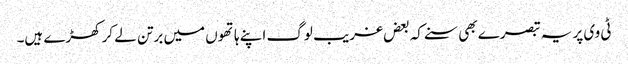
ٹی وی پر یہ تبصرے بھی سنے کہ بعض غریب لوگ اپنے ہاتھوں میں برتن لے کر کھڑے ہیں۔